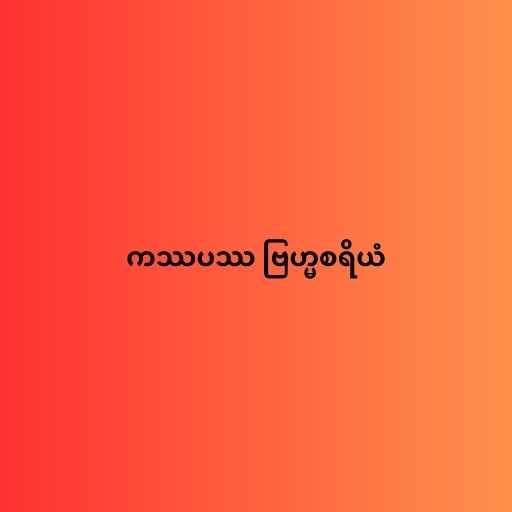
ကဿပဿ ဗြဟ္မစရိယံ